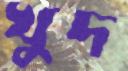
খুদ